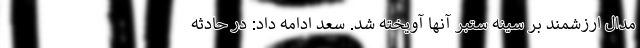
مدال ارزشمند بر سینه ستبر آنها آویخته شد. سعد ادامه داد: در حادثه